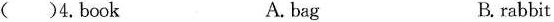
( )4. Book A. bag B. rabbit